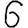
Digit: 6